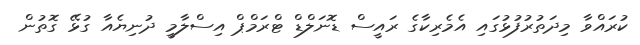
ކުރައްވާ މިދަތުރުފުޅުގައި އެމެރިކާގެ ރައީސް ޑޮނަލްޑް ޓްރަމްޕް އިސްލާމީ ދުނިޔެއާ ގުޅޭ ގޮތުން